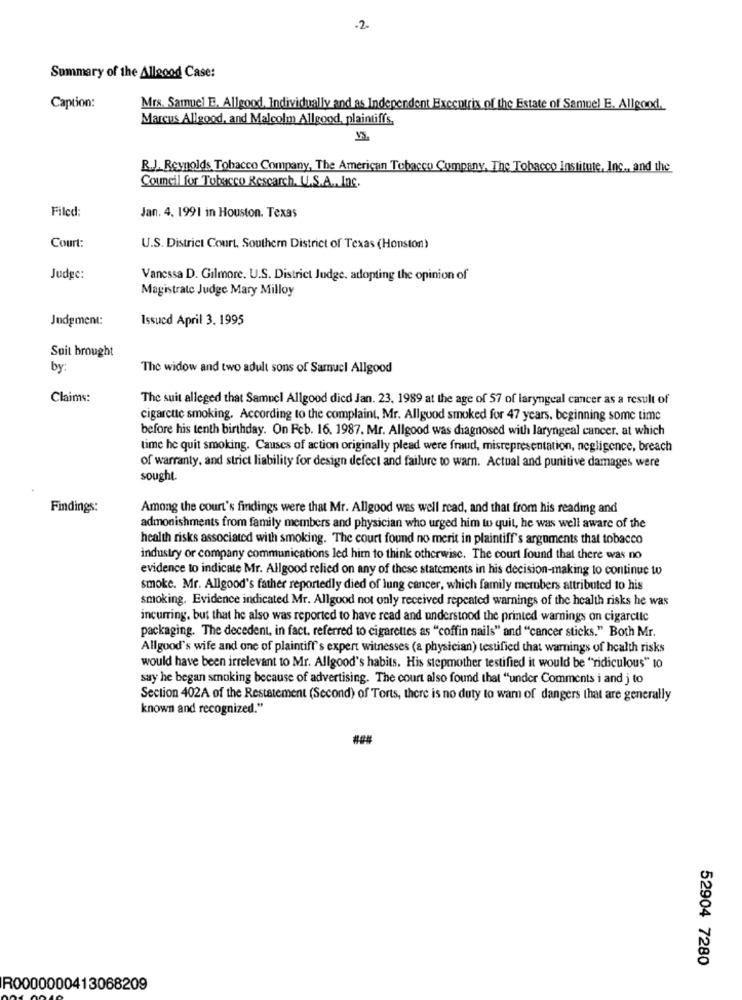
-2.
Summary of the Allaood Case:
Caption:
Mrs. Samuel E. Allgood, Individually and as Independent Executrix of the Estate of Samuel E. Allgood.
Marcus Allgood, and Malcolm Allgood, plaintiffs.
R.J. Reynolds Tobacco Company, The American Tobacco Company, The Tobacco Institute, Inc ., and the
Council for Tobacco Rescarch. U.S.A ., Inc.
Filed:
Jan. 4. 1991 in Houston, Texas
Court:
U.S. District Court, Southern District of Texas (Honston)
Judge:
Vanessa D. Gilmore. U.S. District Judge, adopting the opinion of
Magistrate Judge Mary Milloy
Judgment:
Issued April 3. 1995
Suit brought
by:
The widow and two adult sons of Samuel Allgood
Claims:
The suit alleged that Samuel Allgood died Jan. 23, 1989 at the age of 57 of laryngeal cancer as a result of
cigarette smoking. According to the complaint, Mr. Allgood smoked for 47 years. beginning some time
before his tenth birthday. On Feb. 16. 1987. Mr. Allgood was diagnosed with laryngeal cancer, at which
time he quit smoking. Causes of action originally plead were fraud, misrepresentation, negligence, breach
of warranty, and strict liability for design defect and failure to warn. Actual and punitive damages were
sought.
Findings:
Among the court's findings were that Mr. Allgood was well read, and that from his reading and
admonishments from family members and physician who urged him to quit, he was well aware of the
health risks associated with smoking. The court found no merit in plaintiff's arguments that tobacco
industry or company communications led him to think otherwise. The court found that there was no
evidence to indicate Mr. Allgood relied on any of these statements in his decision-making to continue to
smoke. Mr. Allgood's father reportedly died of lung cancer, which family merubers attributed to his
smoking. Evidence indicated Mr. Allgood not only received repeated warnings of the health risks he was
incurring, but that he also was reported to have read and understood the printed warnings on cigarclic
packaging. The decedent, in fact, referred to cigarettes as "coffin nails" and "cancer sticks." Both Mr.
Allgood's wife and one of plaintiff's expert witnesses (a physician) testified that warnings of health risks
would have been irrelevant to Mr. Allgood's habits. His stepmother testified it would be "ridiculous" to
say he began smoking because of advertising. The court also found that "under Comments i and j to
Section 402A of the Restatement (Second) of Torts, there is no duty to wam of dangers that are generally
known and recognized."
52904 7280
R0000000413068209